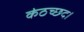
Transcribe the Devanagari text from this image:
कंठच्छद।